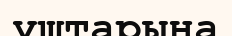
үштарына